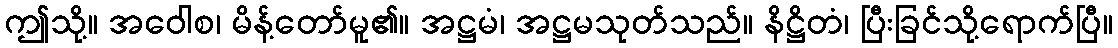
ဤသို့။ အဝေါစ၊ မိန့်တော်မူ၏။ အဋ္ဌမံ၊ အဋ္ဌမသုတ်သည်။ နိဋ္ဌိတံ၊ ပြီးခြင်သို့ရောက်ပြီ။